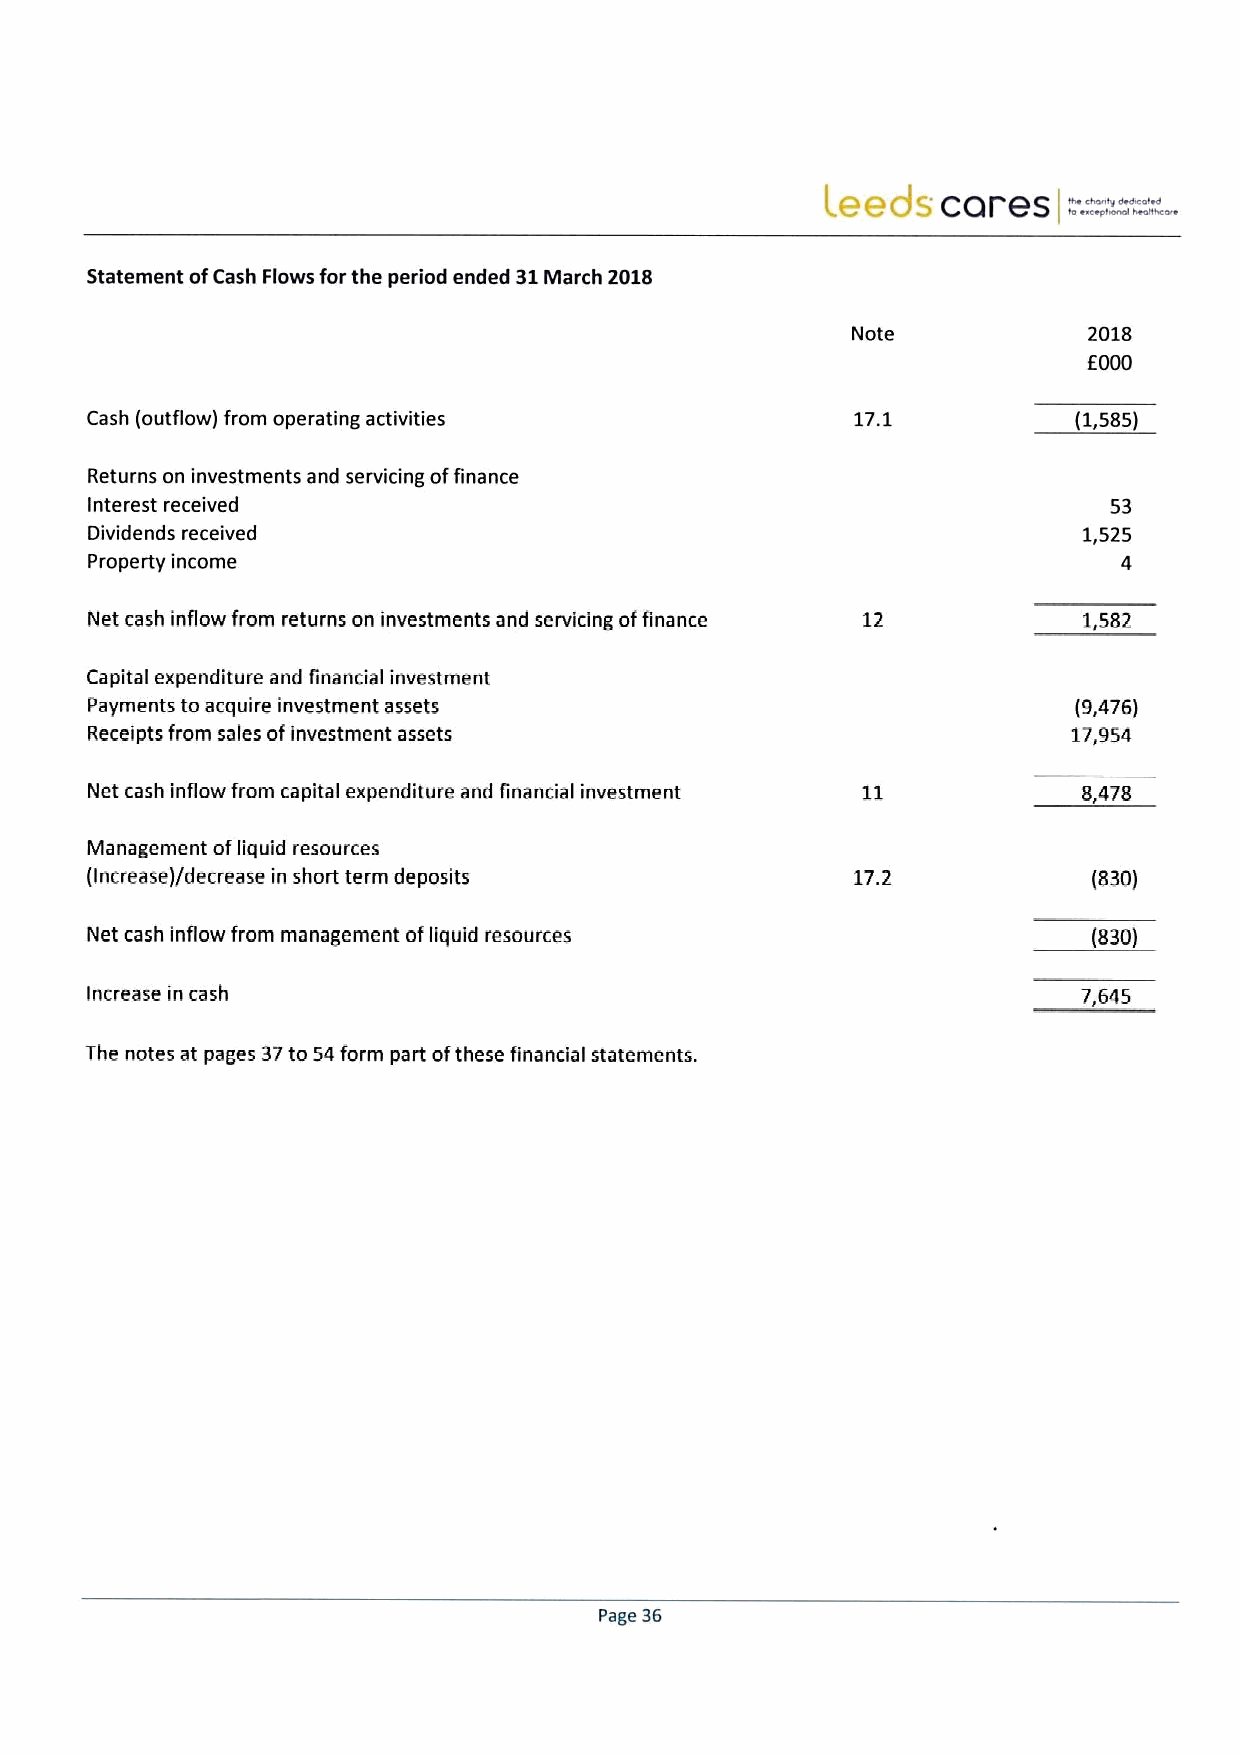
.
 Leeds  cares    ™==.--"
 Statement ofCash Flows for the period ended 31March 2018
 Note            2018
 E000
 Cash (outflow) from operating activities           17.1          (1,585)
 Returns on investments and servicing offinance
 Interest received                                                  53
 Dividends received                                                1,525
 property income                                                     4
 Net cash inflow from returns on investments and servicing offinance 12 1,582
 Capital expenditure and financial investment
 Payments to acquire investment assets                            (9,476)
 Receipts from sales ofinvestment assets                          17,954
 Net cash inflow from capital expenditure and financial investment 8,478
 Management ofliquid resources
 (Increase)/decrease in short term deposits         17.2           (830)
 Net cash inflow from management ofliquid resources                (830)
 Increase in cash                                                  7,645
 The notes at pages 37to 54form part ofthese financial statements.
 page 86